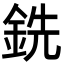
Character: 銑